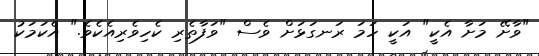
"ވާށޭ މަށާ އެކީ" އަކީ ހަމަ ރަނގަޅަށް ވެސް "ވަފާތެރި ކެހިވެރިއެކެވެ." އެކަމަކު